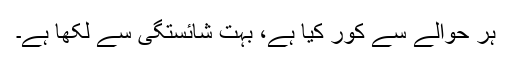
ہر حوالے سے کور کیا ہے، بہت شائستگی سے لکھا ہے۔